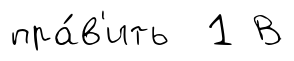
пра́в'ить 1 В